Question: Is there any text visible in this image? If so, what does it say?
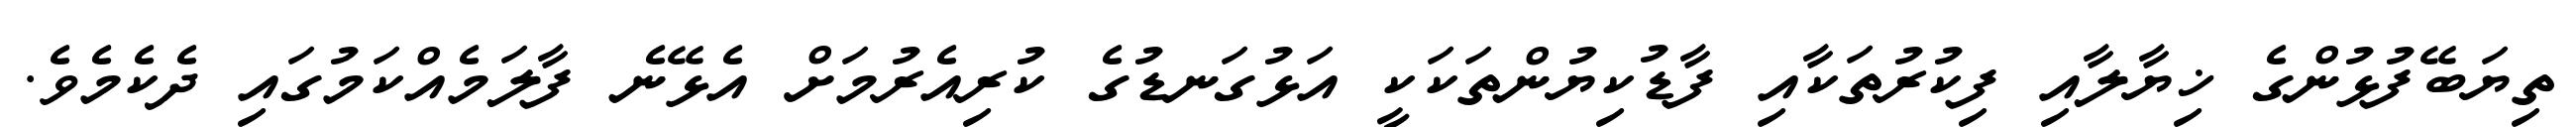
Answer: ތިޔަބޭފުޅުންގެ ޚިޔާލާއި ފިކުރުތަކާއި ފާޑުކިޔުންތަކަކީ އަޅުގަނޑުގެ ކުރިއެރުމަށް އެޅޭނެ ފާލަމެއްކަމުގައި ދެކެމެވެ.